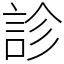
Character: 診